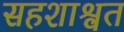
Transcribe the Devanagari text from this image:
सहशाश्वत